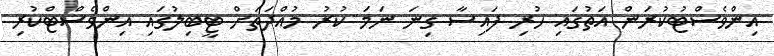
އިންވެސްޓުކުރަން އަތުގައި ހުރި ފައިސާ ގިނަ ނަމަ ކުރު މުއްދަތަށް ޓީބިލުގައި އިންވެސްޓްކުރި